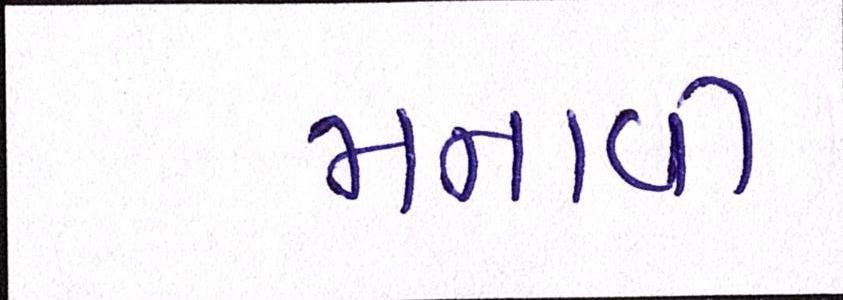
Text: મનાવી